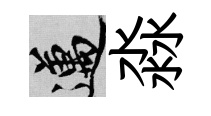
邁淼